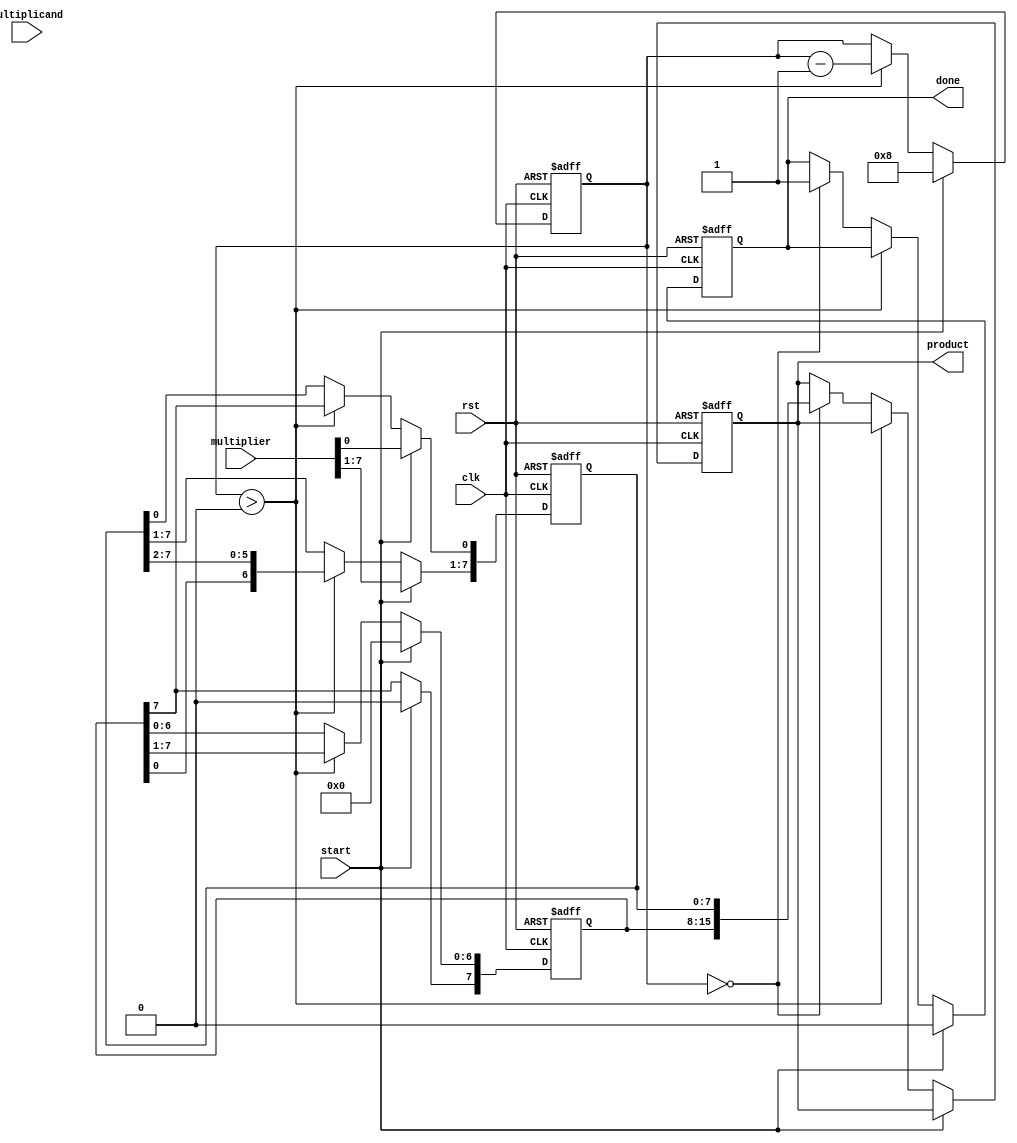
module booth_multiplier #(
    parameter N = 8 // Bit-width of the multiplicand and multiplier
)(
    input wire [N-1:0] multiplicand, // n-bit signed multiplicand
    input wire [N-1:0] multiplier,    // n-bit signed multiplier
    input wire start,                 // Control signal to initiate multiplication
    input wire clk,                   // Clock signal
    input wire rst,                   // Reset signal
    output reg [2*N-1:0] product,     // (2n)-bit signed product
    output reg done                   // Indicates multiplication is complete
);

    reg [N-1:0] A;                   // Accumulator
    reg [N-1:0] Q;                   // Multiplier
    reg Q_1;                         // Previous LSB of Q
    reg [N-1:0] M;                   // Negated multiplicand
    reg [3:0] count;                 // Counter for iterations

    // Negate the multiplicand
    always @(*) begin
        M = ~multiplicand + 1'b1; // Two's complement
    end

    // State machine for Booth's algorithm
    always @(posedge clk or posedge rst) begin
        if (rst) begin
            A <= 0;
            Q <= 0;
            Q_1 <= 0;
            product <= 0;
            count <= 0;
            done <= 0;
        end else if (start) begin
            // Initialize registers
            A <= 0;
            Q <= multiplier;
            Q_1 <= 0;
            count <= N;
            done <= 0;
        end else if (count > 0) begin
            // Booth's algorithm
            case ({Q[0], Q_1})
                2'b01: A <= A + M; // Add M to A
                2'b10: A <= A - M; // Subtract M from A
                default: ;          // Do nothing
            endcase

            // Arithmetic right shift
            {A, Q} <= {A, Q} >> 1;
            Q[0] <= A[N-1]; // New LSB of Q comes from MSB of A
            A[N-1] <= A[N-1]; // Preserve the sign bit of A

            // Decrement the count
            count <= count - 1;
        end else if (count == 0) begin
            // Multiplication complete
            product <= {A, Q}; // Combine A and Q for the final product
            done <= 1;         // Set done signal
        end
    end
endmodule